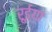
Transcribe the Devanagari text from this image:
रूईया